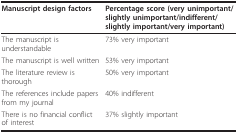
| Manuscript design factors | Percentage score (very unimportant/slightly unimportant/indifferent/slightly important/very important) |
 | --- | --- |
 | The manuscript is understandable | 73% very important |
 | The manuscript is well written | 53% very important |
 | The literature review is thorough | 50% very important |
 | The references include papers from my journal | 40% indifferent |
 | There is no financial conflict of interest | 37% slightly important |